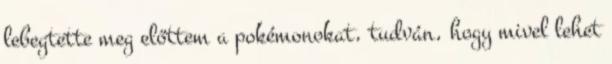
lebegtette meg előttem a pokémonokat, tudván, hogy mivel lehet